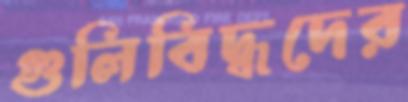
গুলিবিদ্ধদের